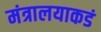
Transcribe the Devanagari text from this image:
मंत्रालयाकडं